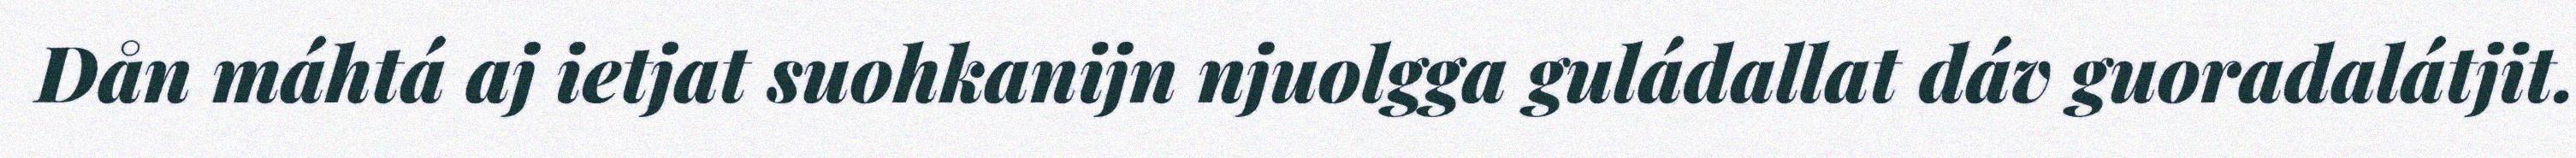
Dån máhtá aj ietjat suohkanijn njuolgga guládallat dáv guoradalátjit.